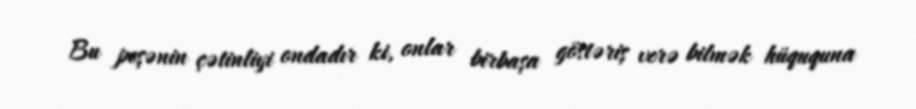
Bu peşənin çətinliyi ondadır ki, onlar birbaşa göstəriş verə bilmək hüququna